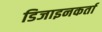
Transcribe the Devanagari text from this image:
डिजाइनकर्ता